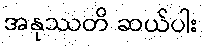
အနုဿတိ ဆယ်ပါး